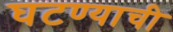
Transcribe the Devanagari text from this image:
घटण्याची